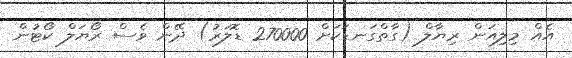
އެއް މިލިއަން ރިޔާލް (ގާތްގަނޑަކަށް 270000 ޑޮލަރު) ދޭން ވެސް ރޯޔަލް ކޯޓުން